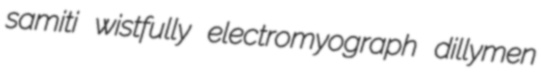
samiti wistfully electromyograph dillymen